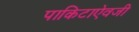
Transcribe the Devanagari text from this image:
पाकिटाऐवजी